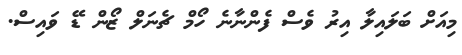
މިއަށް ބަލައިލާ އިރު ވެސް ފެންނާނެ ހޯމް ޗެނަލް ޒޯން ޑޭ ވައިސް.